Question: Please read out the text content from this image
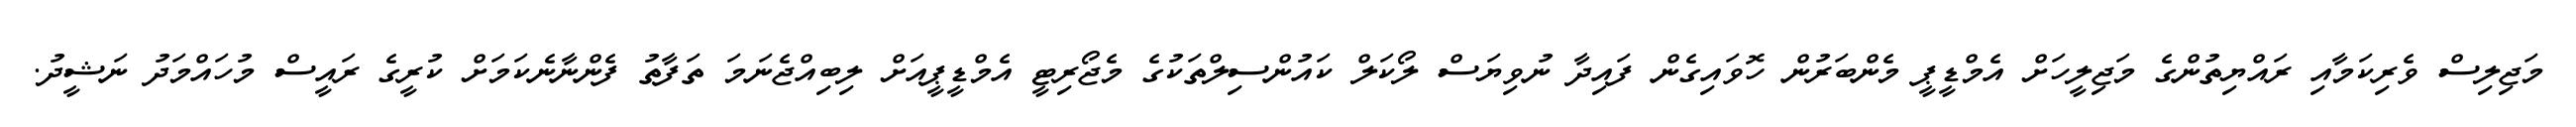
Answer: މަޖިލިސް ވެރިކަމާއި ރައްޔިތުންގެ މަޖިލީހަށް އެމްޑީޕީ މެންބަރުން ހޮވައިގެން ފައިދާ ނުވިޔަސް ލޯކަލް ކައުންސިލްތަކުގެ މެޖޯރިޓީ އެމްޑީޕީއަށް ލިބިއްޖެނަމަ ތަފާތު ފެންނާނެކަމަށް ކުރީގެ ރައީސް މުހައްމަދު ނަޝީދު.